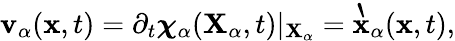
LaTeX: \begin{array}{r}{\mathbf{v}_{\alpha}(\mathbf{x},t)=\partial_{t}\boldsymbol{\chi}_{\alpha}(\mathbf{X}_{\alpha},t)\vert_{\mathbf{X}_{\alpha}}=\grave{\mathbf{x}}_{\alpha}(\mathbf{x},t),}\end{array}